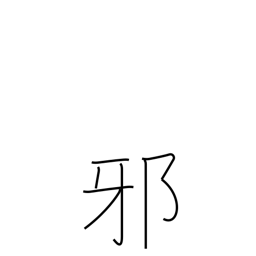
Meaning: injustice